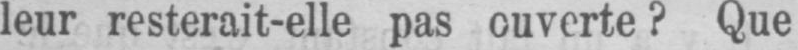
leur resterait-elle pas ouverte? Que